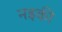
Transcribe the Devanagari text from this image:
नइकी